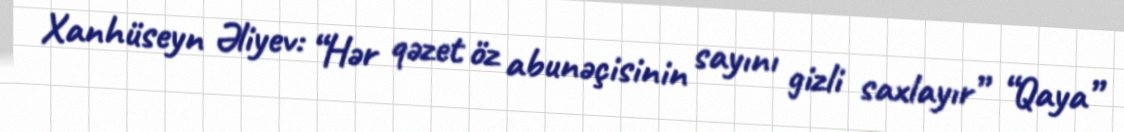
Xanhüseyn Əliyev: “Hər qəzet öz abunəçisinin sayını gizli saxlayır” “Qaya”